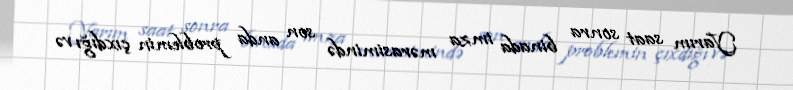
Yarım saat sonra binada imza mərasimində son anda problemin çıxdığı və